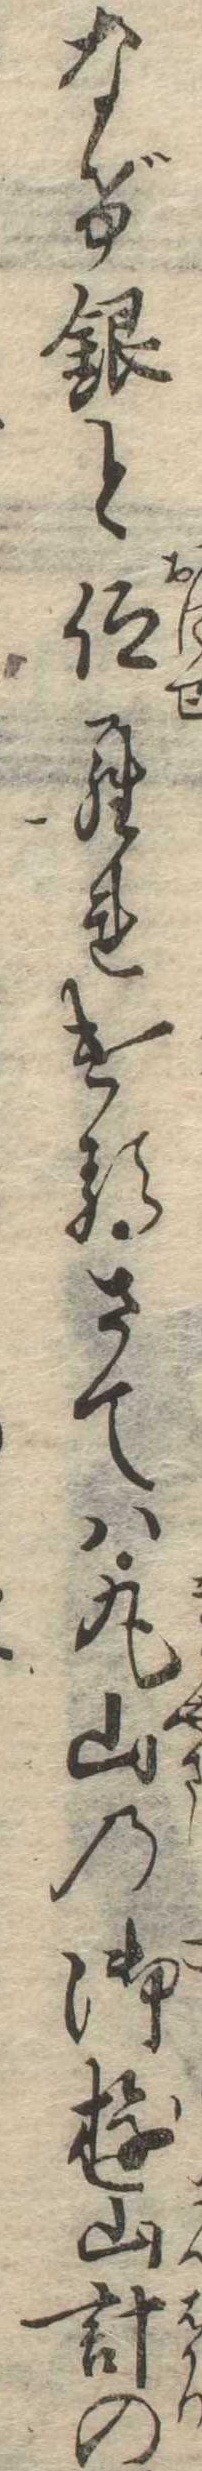
なげ銀と仰られけるさては丸山の御遊山計の